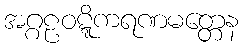
အဂ္ဂဠဝဋ္ဋိကရဏမတ္တေန